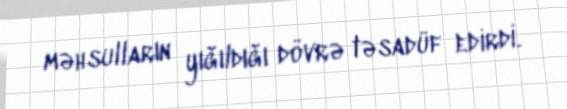
məhsulların yığıldığı dövrə təsadüf edirdi.